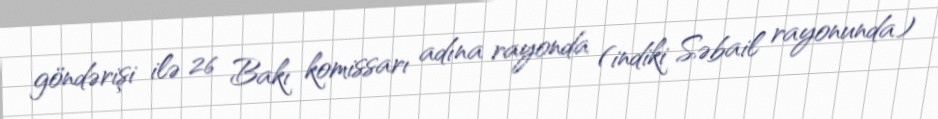
göndərişi ilə 26 Bakı komissarı adına rayonda (indiki Səbail rayonunda)